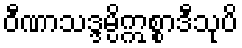
ဝီဏာသဒ္ဒမ္ပိဣစ္စာဒီသုပိ